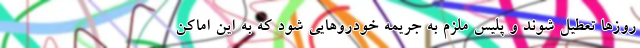
روزها تعطیل شوند و پلیس ملزم به جریمه خودروهایی شود که به این اماکن